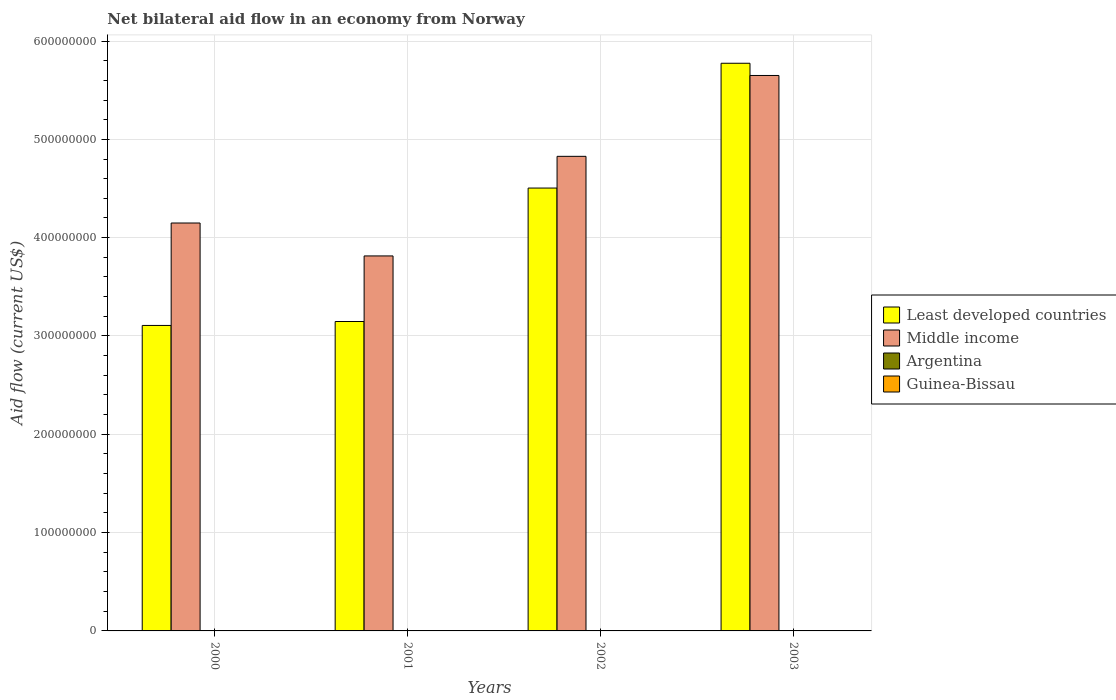
| Years | Least developed countries | Middle income | Argentina | Guinea-Bissau |
 | --- | --- | --- | --- | --- |
 | 2000 | 3.11e+08 | 4.15e+08 | 1e+04 | 1e+04 |
 | 2001 | 3.15e+08 | 3.81e+08 | 4e+04 | 2e+04 |
 | 2002 | 4.5e+08 | 4.83e+08 | 9e+04 | 3e+04 |
 | 2003 | 5.77e+08 | 5.65e+08 | 3.7e+05 | 5e+04 |